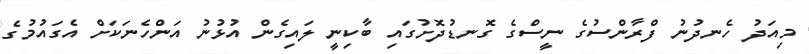
މިއަދު ހެނދުނު ފްރާންސުގެ ނީސްގެ ގޮނޑުދޮށުގައި ބާކިނީ ލައިގެން އުޅުނު އަންހެނަކަށް އެގައުމުގެ